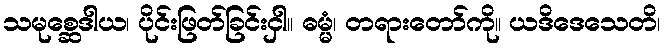
သမုစ္ဆေဒါယ၊ ပိုင်းဖြတ်ခြင်းငှါ။ ဓမ္မံ၊ တရားတော်ကို။ ယဒိဒေသေတိ၊